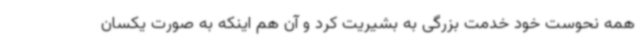
همه نحوست خود خدمت بزرگی به بشیریت کرد و آن هم اینکه به صورت یکسان